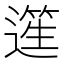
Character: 𨖬